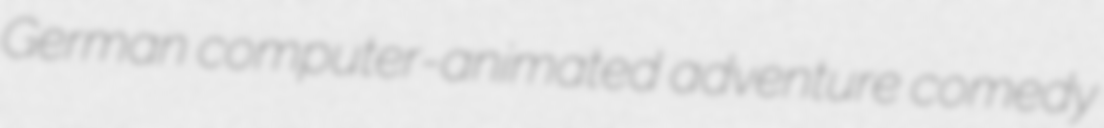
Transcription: German computer-animated adventure comedy